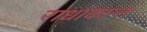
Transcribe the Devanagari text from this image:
राधाकान्‍त